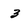
Character: 3